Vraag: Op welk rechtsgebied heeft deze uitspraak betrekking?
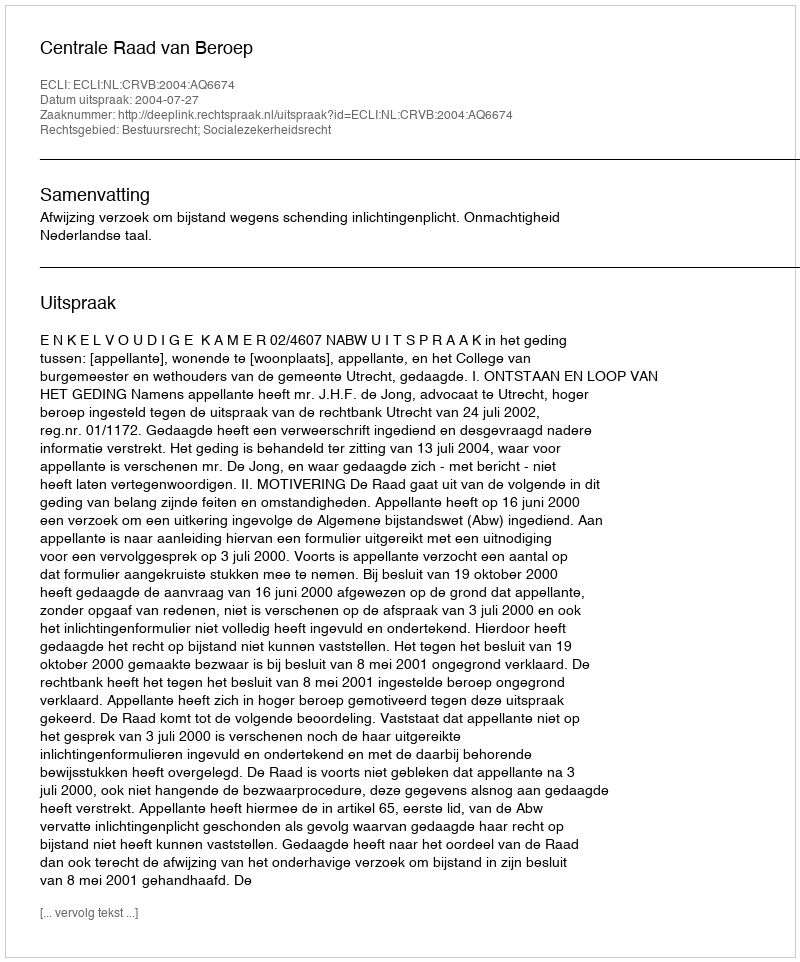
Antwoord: Bestuursrecht; Socialezekerheidsrecht